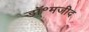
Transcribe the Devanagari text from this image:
डॉ॰मजीद